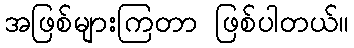
အဖြစ်များကြတာ ဖြစ်ပါတယ်။